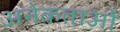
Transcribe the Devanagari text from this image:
अनेकताओं